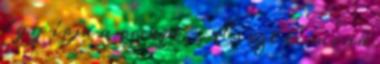
így írja a recept. - És ezt te mind